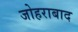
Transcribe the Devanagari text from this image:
जोहराबाद